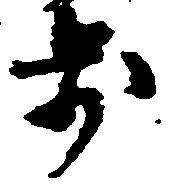
歩